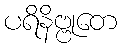
ပရိနိဗ္ဗုတေ